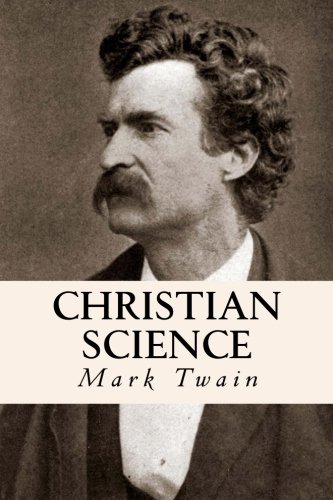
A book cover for Christian Science; Mark Twain; Christian Books & Bibles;